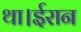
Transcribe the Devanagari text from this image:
था।ईरान